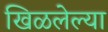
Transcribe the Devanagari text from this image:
खिळलेल्या